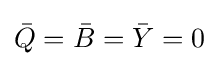
{\bar {Q}}={\bar {B}}={\bar {Y}}=0